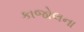
કાજોલના